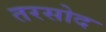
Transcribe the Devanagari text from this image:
तरसोद